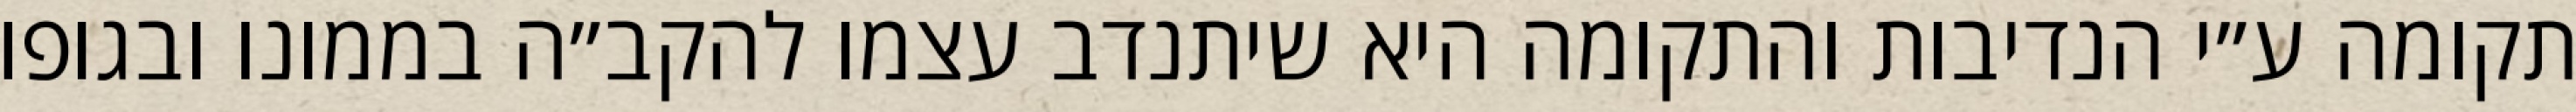
תקומה ע״י הנדיבות והתקומה היא שיתנדב עצמו להקב״ה בממונו ובגופו